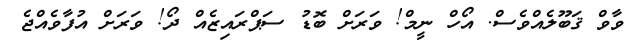
ވާވް ޤަބޫލެއްވެސް. އޯހް ނީމް! ވަރަށް ބޮޑު ސަޕްރައިޒެއް ދޯ! ވަރަށް އުފާވެއްޖެ